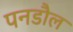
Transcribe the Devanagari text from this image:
पनडौल